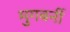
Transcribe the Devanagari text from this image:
मुगबर्नी